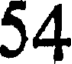
54